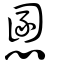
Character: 慁